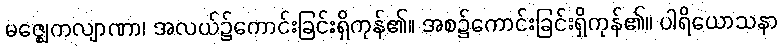
မဇ္ဈေကလျာဏာ၊ အလယ်၌ကောင်းခြင်းရှိကုန်၏။ အစ၌ကောင်းခြင်းရှိကုန်၏။ ပါရိယောသနာ